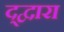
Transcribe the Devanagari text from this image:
द्द्वारा